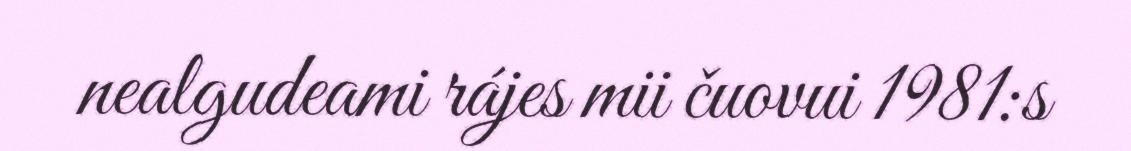
nealgudeami rájes mii čuovui 1981:s